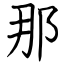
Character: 那